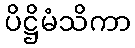
ပိဋ္ဌိမံသိကာ